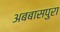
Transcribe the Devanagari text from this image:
अबबासपुरा